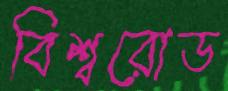
বিশ্বরোড